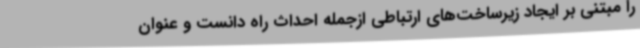
را مبتنی بر ایجاد زیرساخت‌های ارتباطی ازجمله احداث راه دانست و عنوان